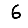
Digit: 6